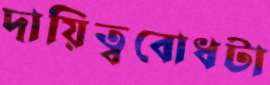
দায়িত্ববোধটা